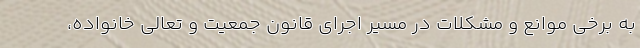
به برخی موانع و مشکلات در مسیر اجرای قانون جمعیت و تعالی خانواده،‌